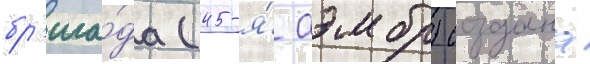
бр'ига́да (45-я́ аэмбр) создана